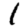
Digit: 1